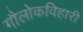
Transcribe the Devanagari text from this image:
गौलोकविहारी